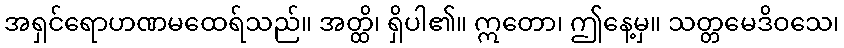
အရှင်ရောဟဏမထေရ်သည်။ အတ္ထိ၊ ရှိပါ၏။ ဣတော၊ ဤနေ့မှ။ သတ္တမေဒိဝသေ၊